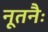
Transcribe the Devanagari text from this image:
नूतनैः